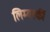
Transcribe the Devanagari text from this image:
लिम्बर्स्की